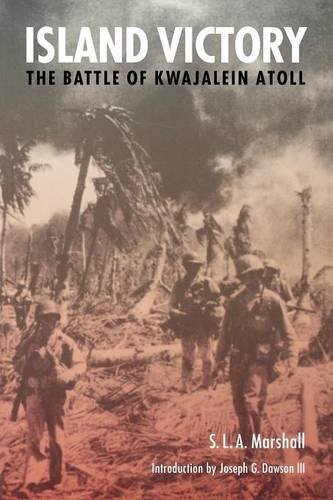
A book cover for Island Victory: The Battle of Kwajalein Atoll (World War II); S. L. A. Marshall; History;